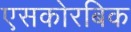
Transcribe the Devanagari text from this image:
एसकोरबिक